Bréfritari: Sigríður Pálsdóttir
Viðtakandi: Páll Pálsson
Dagsetning: A-1867-10-30
Skrifað á: Breiðabólsstað  Rang.
Páll var bróðir Sigríðar

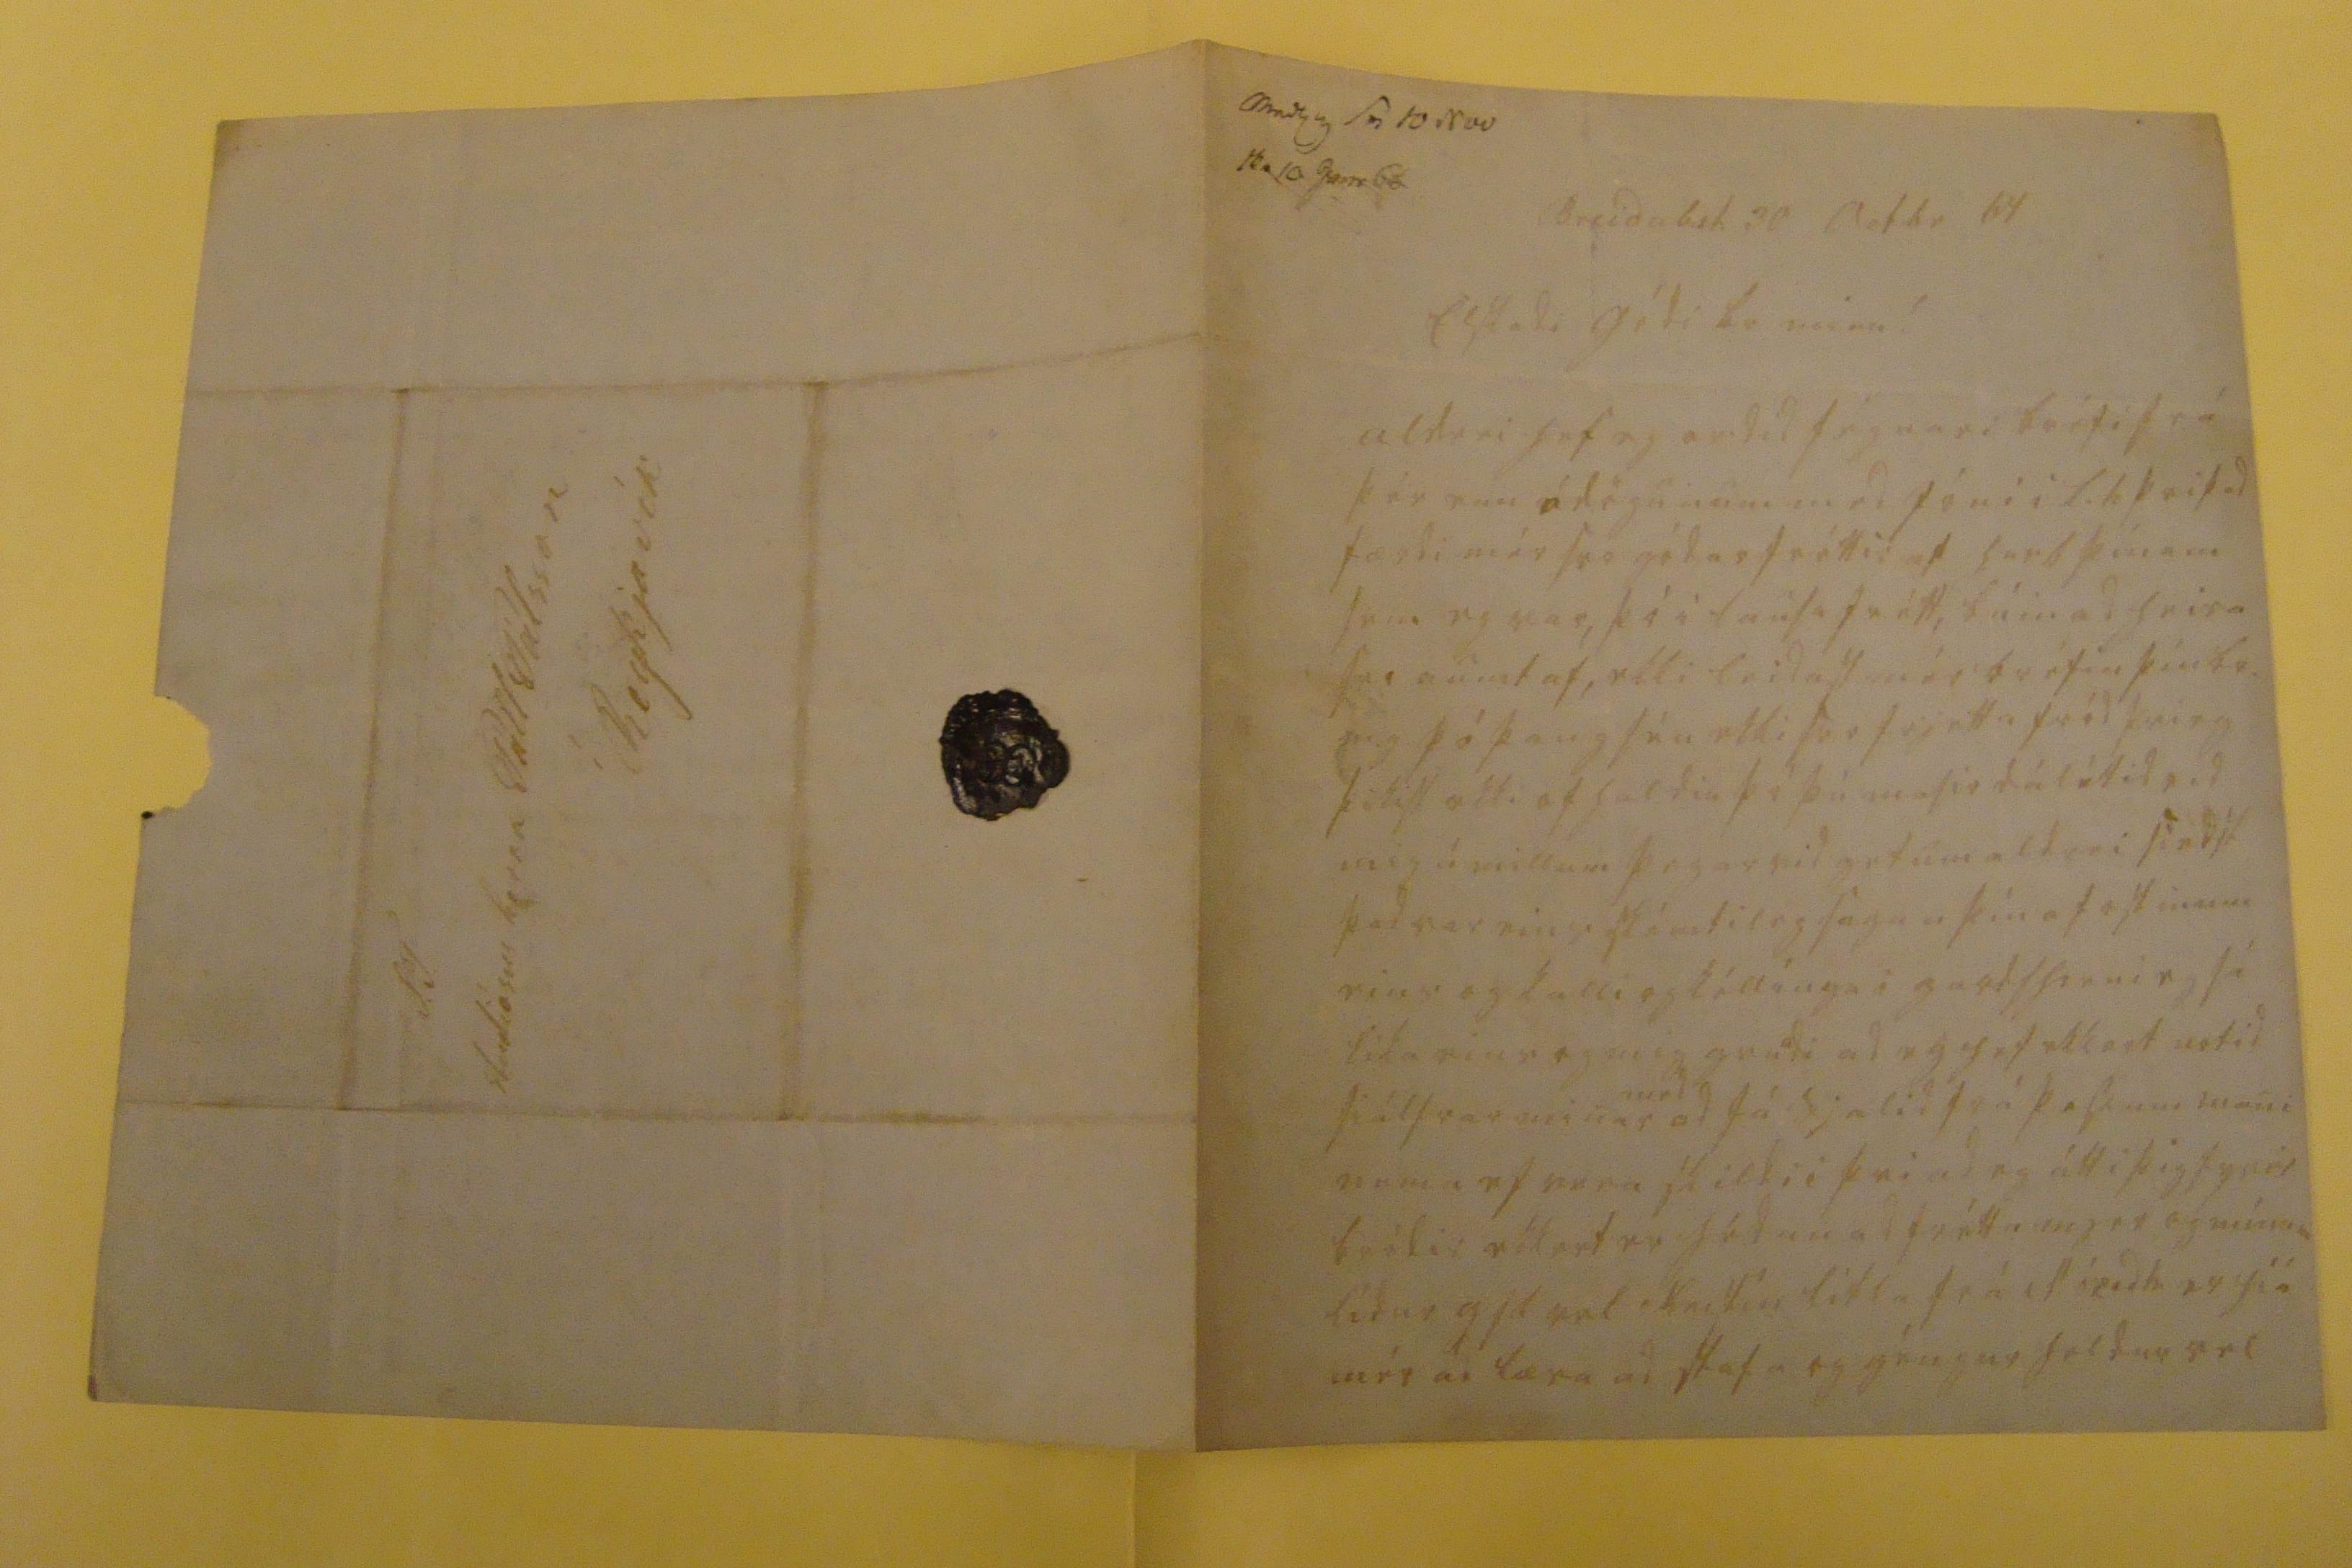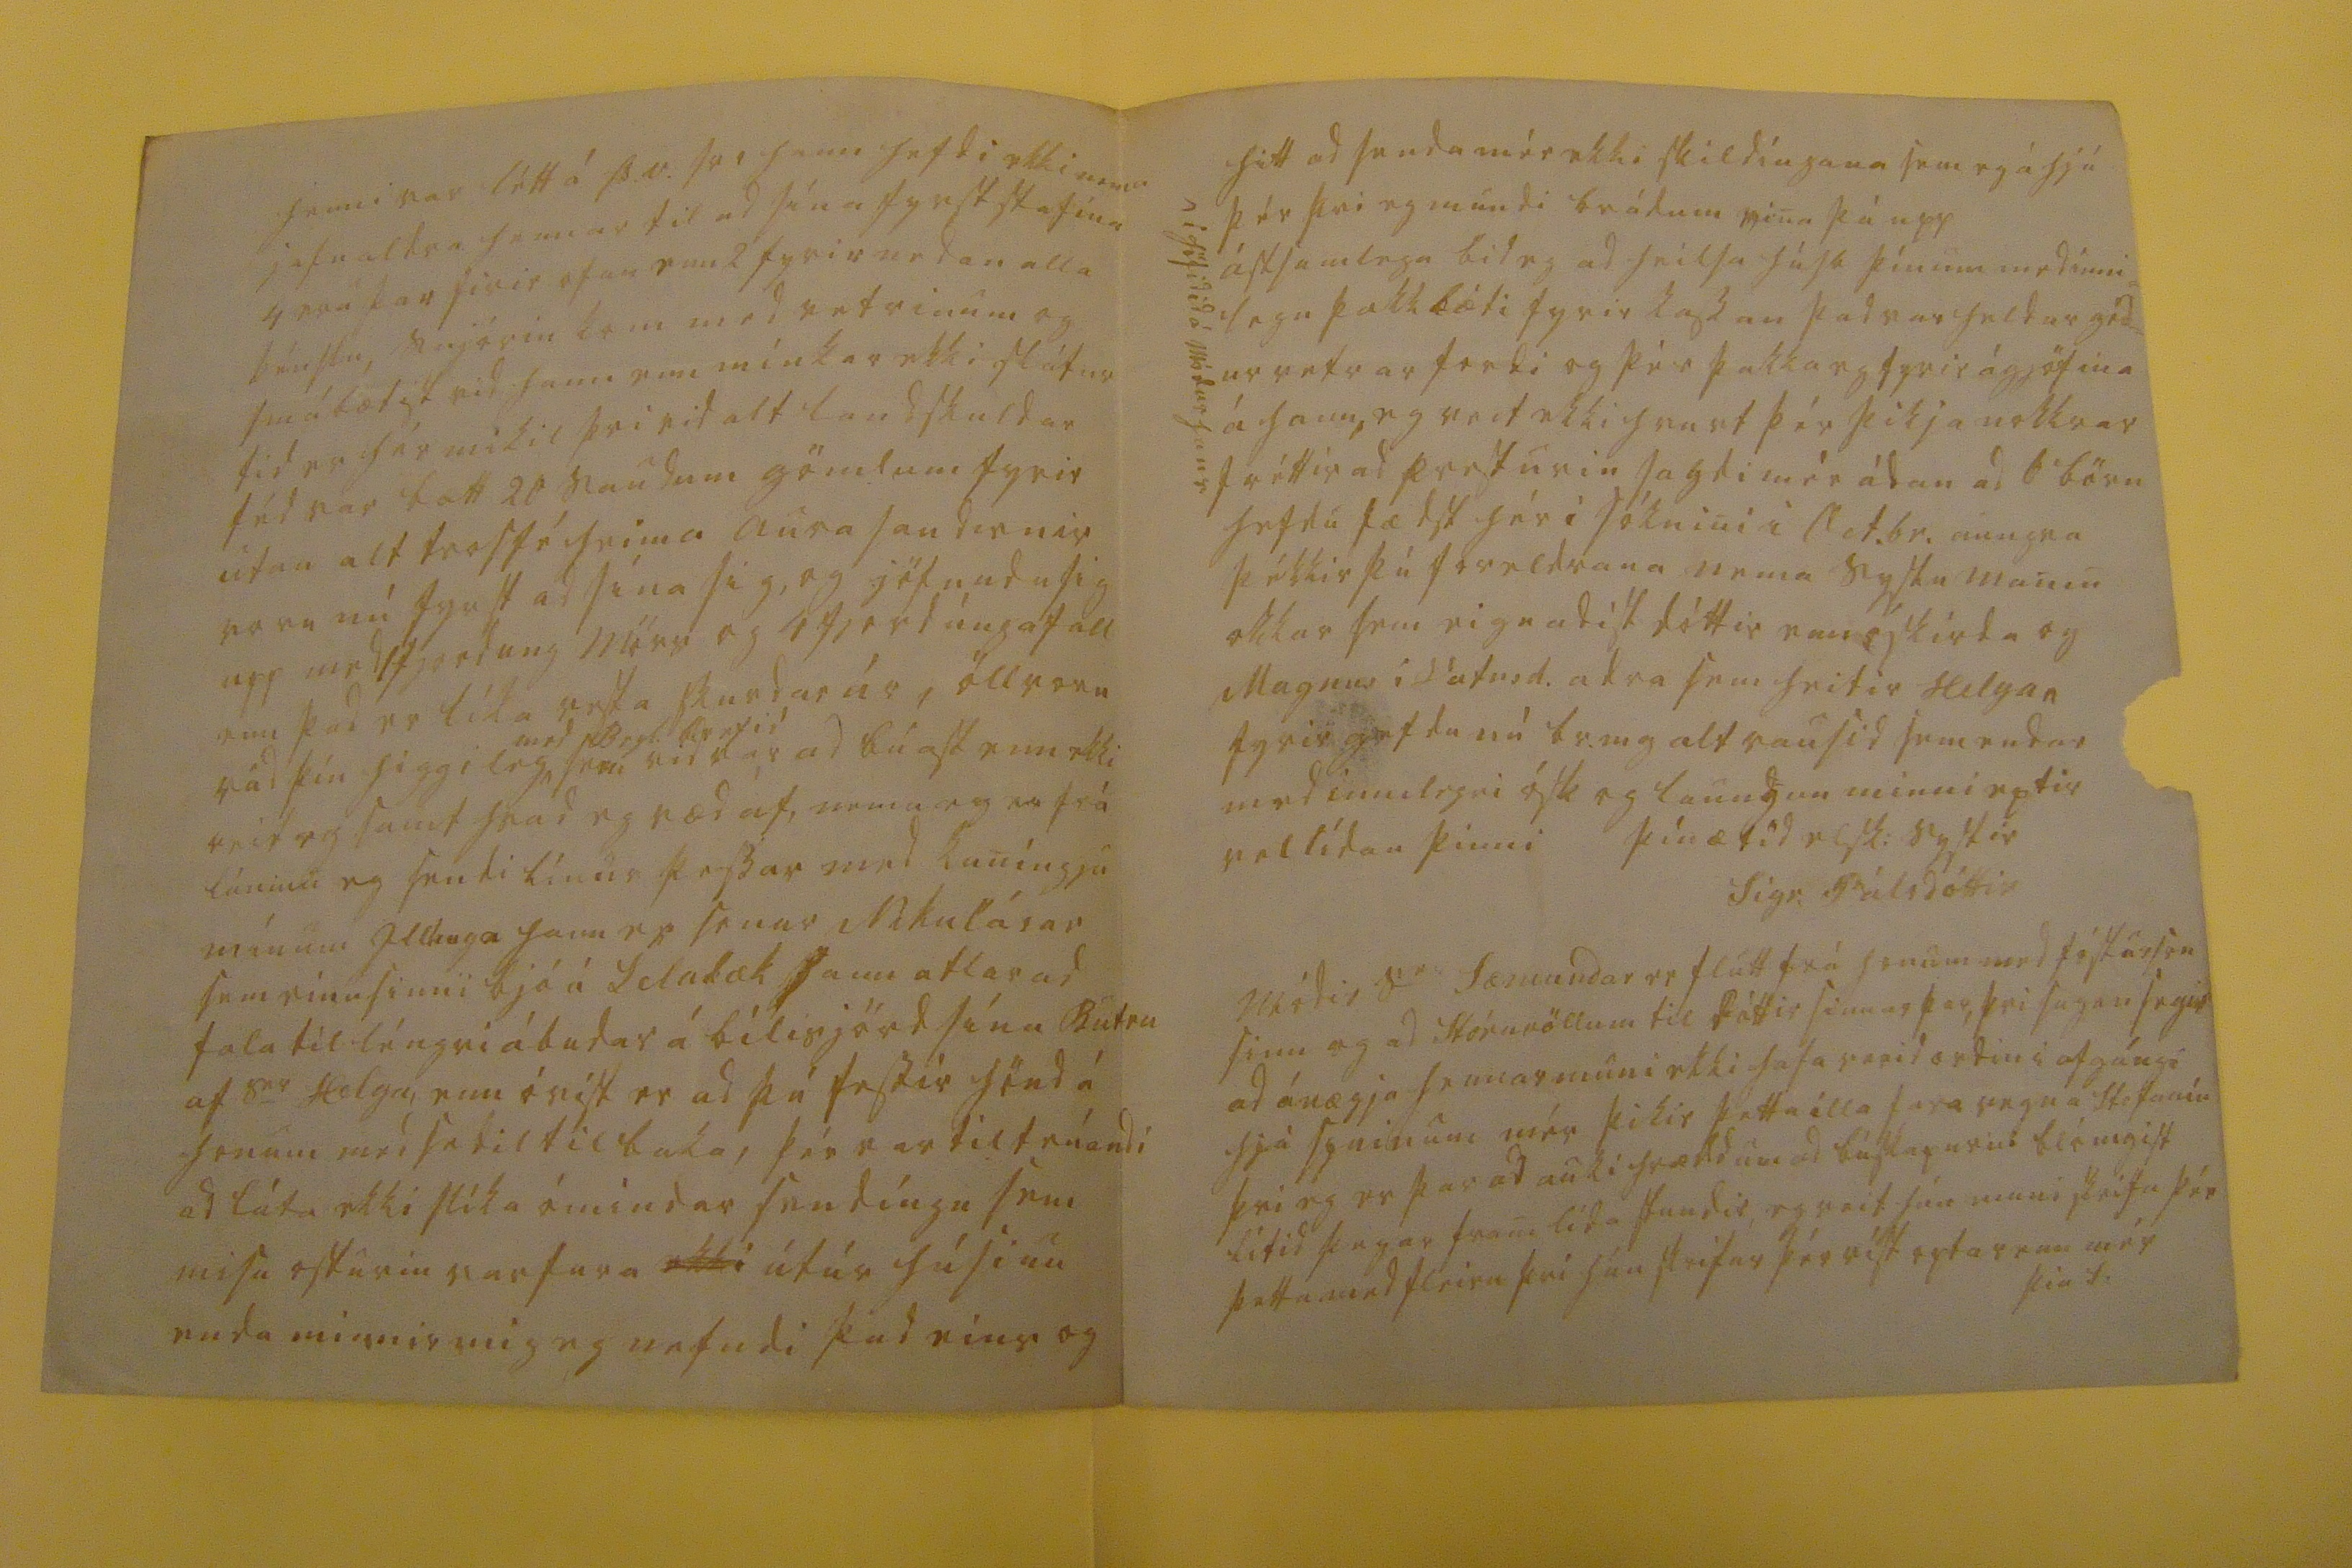

Medt 67 sv 10 Nov skr 10 janr 68
Breidab.st. 30 Octbr 67
Elskadi bódi br minn!
aldrei hef eg ordid fégnari bréfi frá þér enn á dögunum med J´ni i L.h þvi þad færdi mér svo gódar fréttir af husb þínum sem eg var, þó i lausafrétt, búin ad heira svo aumt af, ekki leidast mér bréfin þín br. m.g. þó þaug séu ekki svo frjetta fród þvi eg þikist ekki of haldin þó þú masir dálítid vid mig á millum þegar vid getum aldrei siedst þad var eins skémtileg sagan þín af ostinum eins og kalli og kéllíngu i gardshorni eg sé líka eins og mig gru
a
di ad eg hef ekkert notid siálfar minar
med
ad fá sjalid frá þessum mani nema ef vera skildi i þvi ad eg átti þig fyrir bródir ekkert er hédan ad frétta mjer og mínum lídur
gjl
vel Kristín litla frá Móeidh. er hiá mér ad læra ad stafa og géngur heldur vel
henni var létt á Þ.v. svo hann hefdi ekki nema jafnaldra hennar til ad sína fyrst stafína 4 eru þar firir ofan enn 2 fyrir nedan alla kénslu, snjórin kom med vetrinum og smábætist vid hann enn mínkar ekki slátur tid er hér mikil þvi vid alt landskuldar féd var bætt 20 saudum gömlum fyrir utan alt trosfé heima aura saudirnir voru nú fyrst ad sína sig, og jöfnudu sig upp med 1 fjordung mörs og 1 fjordúngafall enn þad er líka vesta skurdar úr , öllvoru rád þín higgileg
med
Beyl.
brefid
vid var ad búast enn ekki veit eg samt hvad eg ræd af, nema eg er frá láninu eg sendi línur þessar med kuníngju mínum Illhuga hann er sonur Nikulásar sem einu sinni bjó á Selalæk hann atlar ad tala til léngri ábudar á bílisjörd sína Butru af s
er
Helga, enn óvíst er ad þú tessir hönd á honum med sedil til baka, þér var tiltrúandi ad láta ekki slíka ómindar sendíngu sem misu osturin var fara
ekki
útúr húsinu enda minnir mig eg nefndi þad eins og
hitt ad senda mér ekki skildíngana sem eg á hjá þér þvi eg mundi brádum vina þá upp ástsamlega bid eg ad heilsa húsb þínum med inni= legu þakklæti fyrir kassan þad var heldur gód= ur vetrar fordi og þér þakka eg fyrir ágjöfina á hann, eg veit ekki hvurt þér þikja nokkrar fréttir ad presturin sagdi mér ádan ad 6 börn hefdu fædst hér i sóknini i
Cet.br
aungva þékkir þú foreldrana nema syslu manin okkar sem eignadist dóttir enn óskirda og Magnus i Vatnsd. adra sem heitir Helgan fyrirgefdu nú br.m g alt rausid sem endar med innilegri ósk og laungun minni eptir vellídan þinni
þín ætíd elsk: systir
Sigr. Pálsdóttir
Módir s
er
Sæmundar er flutt frá honum med fósturson sinn og ad Stóruvöllum til dóttir sinnar þar, þvi sagan segir ad ánægja hennar muni ekki hafa verid ordin i afgángi hjá syninum mér þikir þetta illa fara vegna Stefaníu þvi eg er þar ad auki hrædd um ad búskapurin blómgist lítid þegar fram lída stundir, eg veit hún muni skrifa þér þetta med fleiru þvi hún skrifar þér víst optar enn mér
þín S.
^ i höfidid á módur hans
S.T. studiósus herra Páll Pálsson í Reykjavík